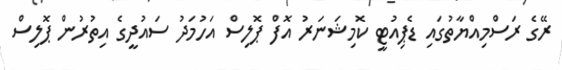
ރޭގެ ރަސްމިއްޔާތުގައި ޑެޕިއުޓީ ކޮމިޝަނަރު އޮފް ޕޮލިސް އަހުމަދު ސައުދީގެ އިތުރުން ޕޮލިސް